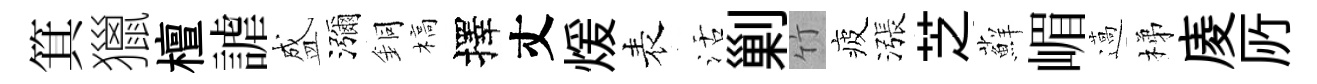
箕獵檀謔盛瀰銅槁擇丈煖表活剿竹疲漲芝蘚嵋薖梯庱𠩄